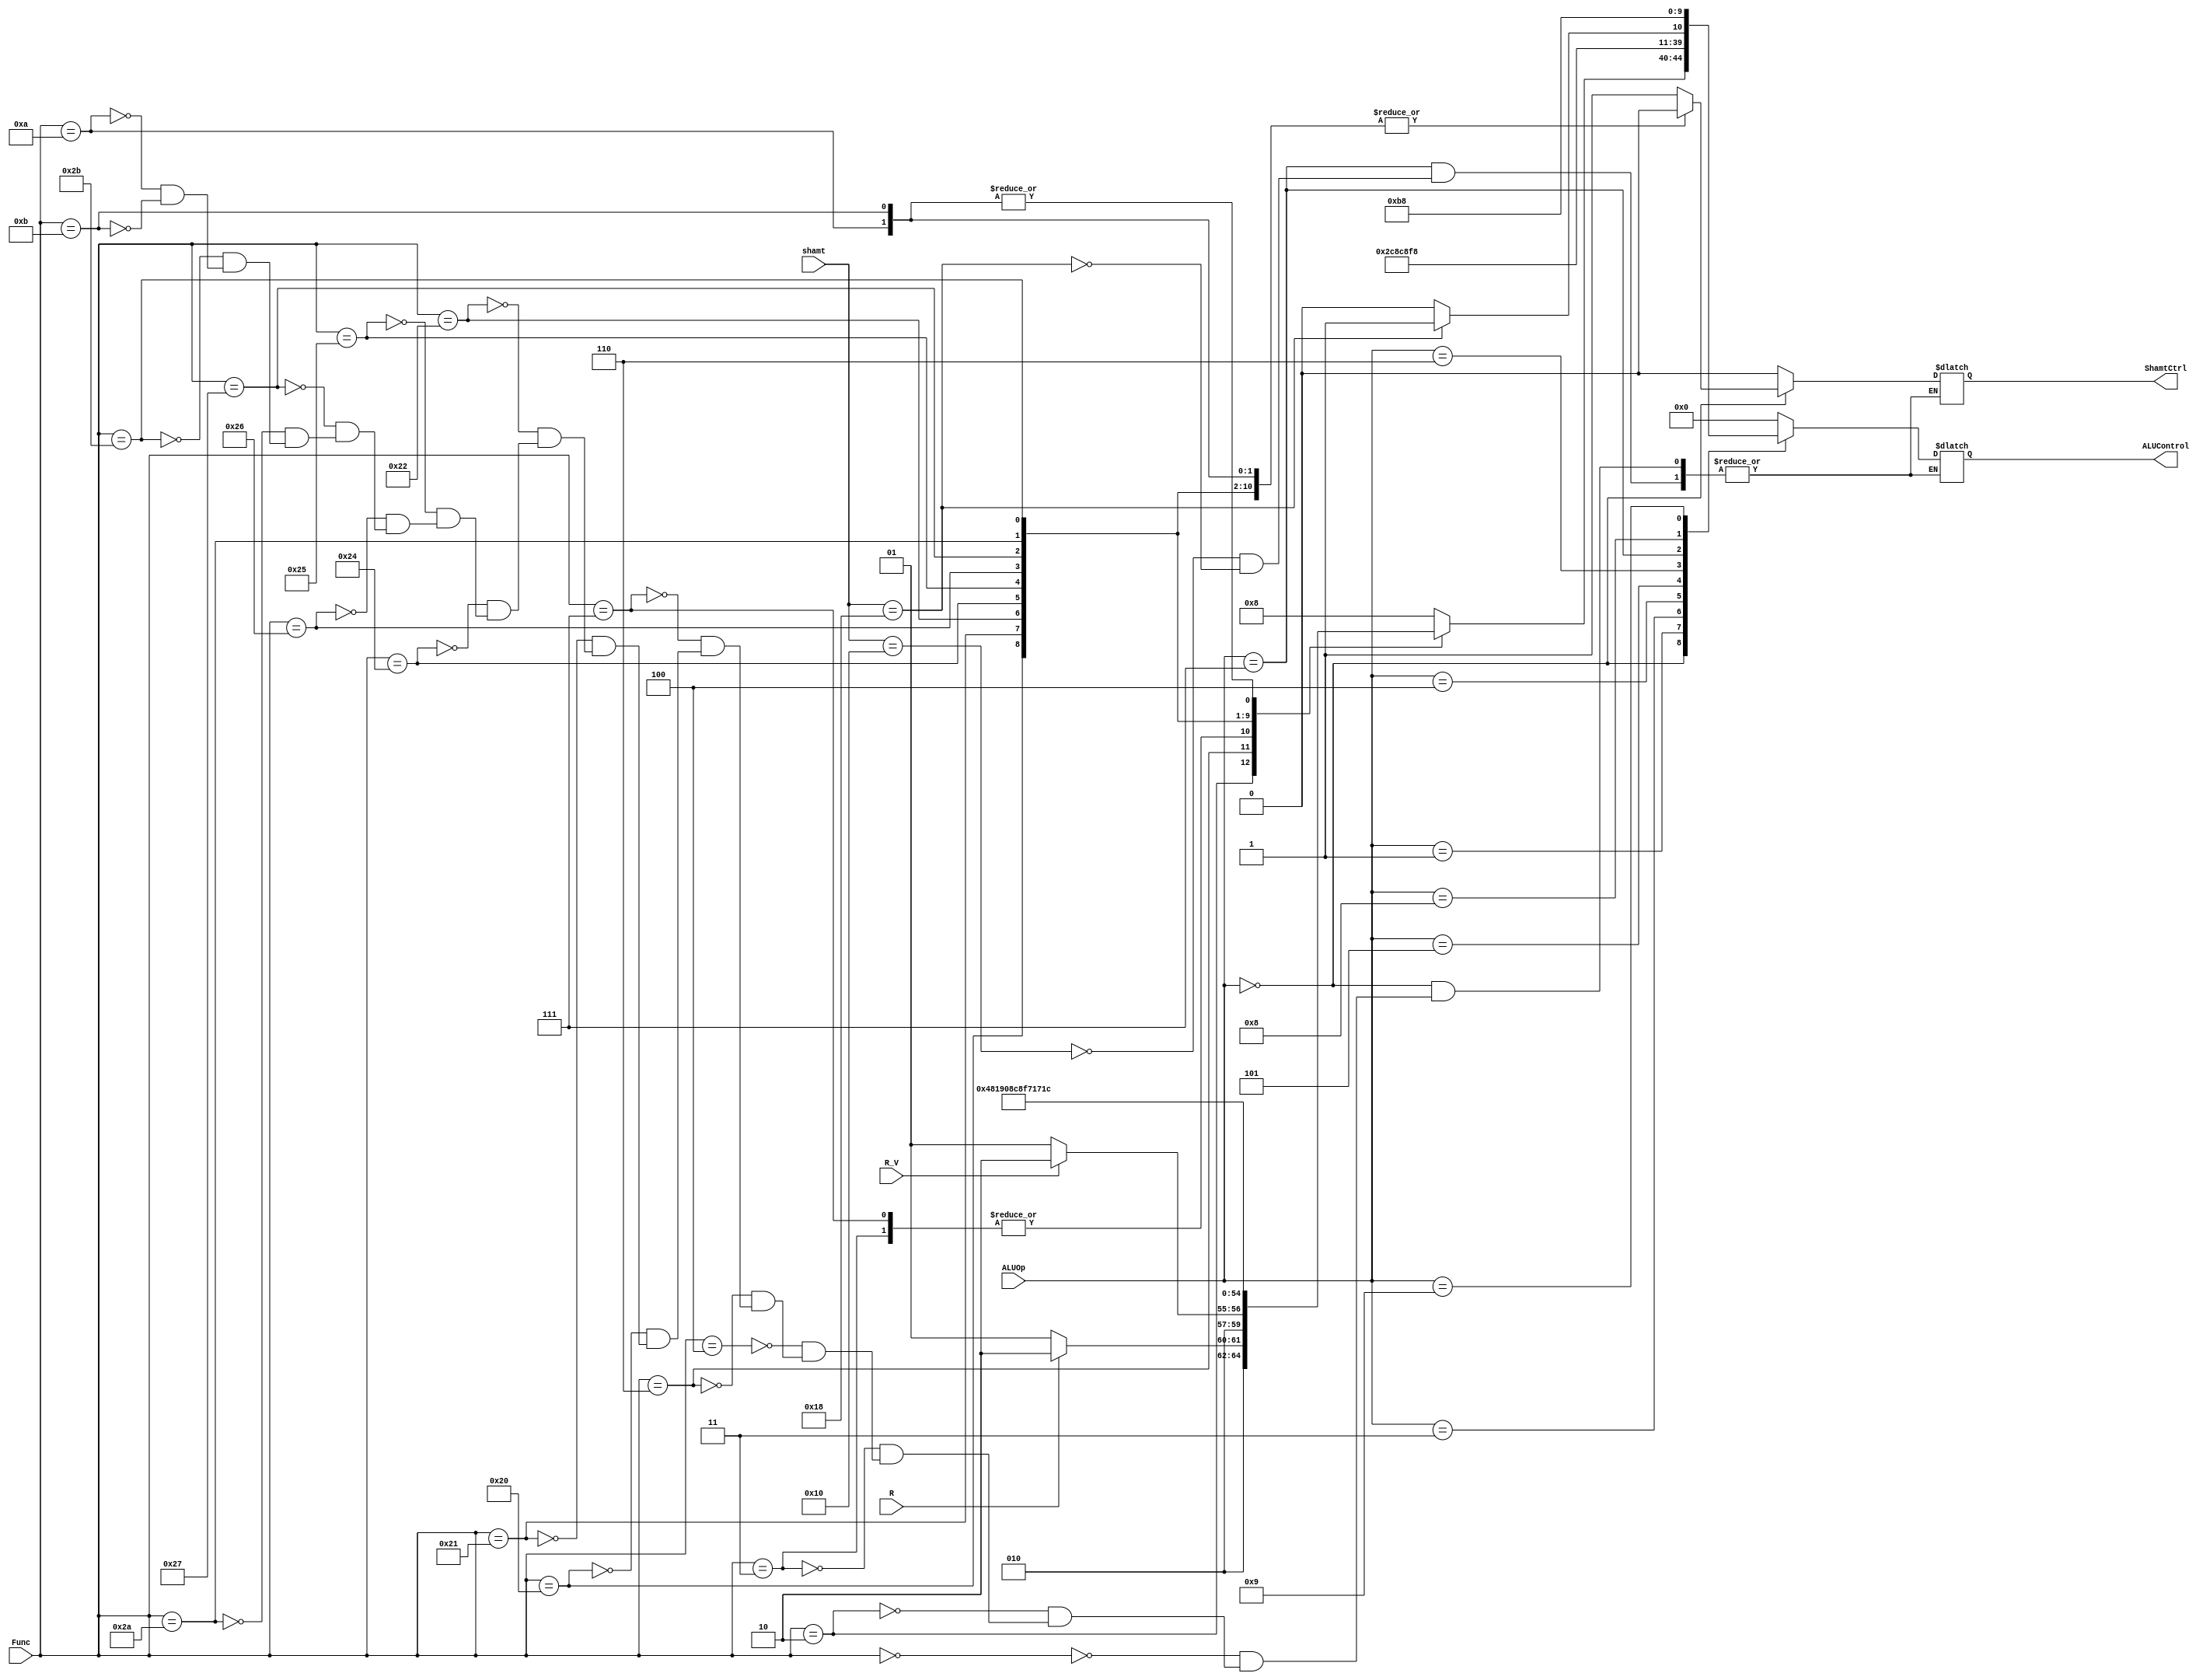
`timescale 1ns / 1ps
//////////////////////////////////////////////////////////////////////////////////
// Company: 
// Engineer: 
// 
// Design Name: 
// Module Name: ALUControl_Block
// Project Name: 
// Target Devices: 
// Tool Versions: 
// Description: 
// 
// Dependencies: 
// 
// Revision:
// Revision 0.01 - File Created
// Additional Comments:
// 
//////////////////////////////////////////////////////////////////////////////////


module ALUControl_Block(Func, shamt, ALUOp, R, R_V, ShamtCtrl, ALUControl);
    input [5:0] Func;
    input [4:0] shamt;
    input [3:0] ALUOp;
    input R, R_V;
    output reg [4:0] ALUControl;
    output reg ShamtCtrl;
    
    
    initial
    begin
        ALUControl = 5'b00000;
        ShamtCtrl = 1'b0;
    end
    
    always @(*) 
    begin
        case(ALUOp)
            4'b0000 : 
            begin //general R-types
                case(Func)
                    6'b000000:
                    begin
                        ALUControl <= 5'b01000; //sll
                        ShamtCtrl <= 1'b1;
                    end
                    6'b000010:
                    begin
                        case(R)
                            1'b0:
                            begin
                                ALUControl <= 5'b01001; // srl
                                ShamtCtrl <= 1'b1;
                            end
                            1'b1:
                            begin
                                ALUControl <= 5'b01010; //rotr
                                ShamtCtrl <= 1'b1;
                            end
                        endcase
                    end
                    6'b000011:
                    begin
                        ALUControl <= 5'b10010; //sra
                        ShamtCtrl <= 1'b1;
                    end
                    6'b000100:
                    begin   
                        ALUControl <= 5'b01000; //sllv
                        ShamtCtrl <= 1'b0;
                    end
                    6'b000110: 
                    begin
                        case(R_V)
                            1'b0:
                            begin
                                ALUControl <= 5'b01001; // srlv
                                ShamtCtrl <= 1'b0;
                            end
                            1'b1:
                            begin
                                ALUControl <= 5'b01010; //rotrv
                                ShamtCtrl <= 1'b0;
                            end
                        endcase
                    end
                    6'b000111: 
                    begin
                        ALUControl <= 5'b10010; //srav
                        ShamtCtrl <= 1'b0;
                    end
                    6'b100000:
                    begin
                        ALUControl <= 5'b00000; //add
                        ShamtCtrl <= 1'b0;
                    end
                    6'b100001: 
                    begin
                        ALUControl <= 5'b11001; //addu
                        ShamtCtrl <= 1'b0;
                    end
                    6'b100010: 
                    begin
                        ALUControl <= 5'b00001; //sub
                        ShamtCtrl <= 1'b0;
                    end
                    6'b100100:
                    begin 
                        ALUControl <= 5'b00011; //and
                        ShamtCtrl <= 1'b0;
                    end
                    6'b100101: 
                    begin
                        ALUControl <= 5'b00100; //or
                        ShamtCtrl <= 1'b0;
                    end
                    6'b100110: 
                    begin
                        ALUControl <= 5'b01111; //xor
                        ShamtCtrl <= 1'b0;
                    end
                    6'b100111: 
                    begin
                        ALUControl <= 5'b01110; //nor
                        ShamtCtrl <= 1'b0;
                    end
                    6'b101010:
                    begin
                        ALUControl <= 5'b00101; // slt
                        ShamtCtrl <= 1'b0;
                    end
                    6'b101011:
                    begin
                        ALUControl <= 5'b11000; // sltu
                        ShamtCtrl <= 1'b0;
                    end
                    6'b001010:
                    begin
                        ALUControl <= 5'b11100; // movz
                        ShamtCtrl <= 1'b0;
                    end
                    6'b001011:
                    begin
                        ALUControl <= 5'b11100; // movn
                        ShamtCtrl <= 1'b0;
                    end
                endcase
            end
            4'b0001 : 
            begin
                ALUControl <= 5'b00010; //mul
                ShamtCtrl <= 1'b0;
            end
            4'b0010 : 
            begin
                ALUControl <= 5'b00000; //addi
                ShamtCtrl <= 1'b0;
            end
            4'b0011 : 
            begin
                ALUControl <= 5'b11001; //addiu
                ShamtCtrl <= 1'b0;
            end
            4'b0100 : 
            begin
                ALUControl <= 5'b00011; //andi
                ShamtCtrl <= 1'b0;
            end
            4'b0101 : 
            begin
                ALUControl <= 5'b00100; //ori
                ShamtCtrl <= 1'b0;
            end
            4'b0110 : 
            begin
                ALUControl <= 5'b01111; //xori
                ShamtCtrl <= 1'b0;
            end
            4'b0111 : 
            begin //seb, seh
                case (shamt)
                    5'b10000 : 
                    begin
                        ALUControl <= 5'b10000; //seb
                        ShamtCtrl <= 1'b0;
                    end
                    5'b11000 : 
                    begin
                        ALUControl <= 5'b10001; //seh
                        ShamtCtrl <= 1'b0;
                    end
                endcase
            end
            4'b1000:
            begin
                ALUControl <= 5'b00101; // Instruction is slti, but using slt operation in ALU
                ShamtCtrl <= 1'b0;
            end
            4'b1001:
            begin
                ALUControl <= 5'b11000; // Instruction is sltiu, but using sltu operation in ALU
                ShamtCtrl <= 1'b0;
            end
            default:
            begin
                ALUControl <= 5'b00000;
                ShamtCtrl <= 1'b0;
            end
        endcase
    end
endmodule